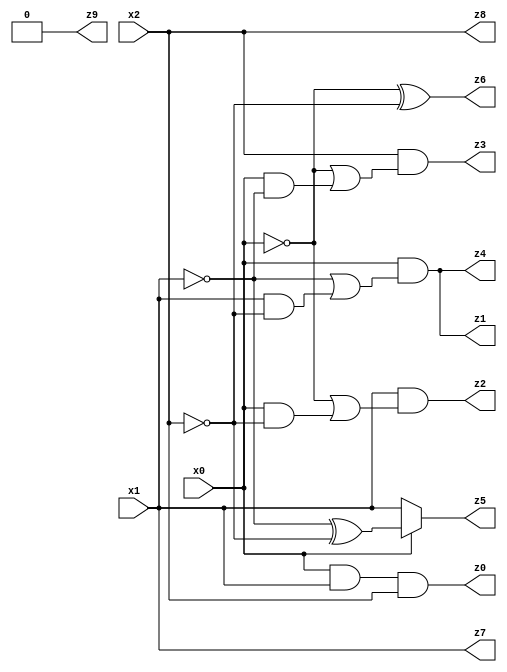
// Benchmark "X_3_74" written by ABC on Mon Jun 26 18:37:42 2023

module X_3_74 ( 
    x0, x1, x2,
    z0, z1, z2, z3, z4, z5, z6, z7, z8, z9  );
  input  x0, x1, x2;
  output z0, z1, z2, z3, z4, z5, z6, z7, z8, z9;
  assign z0 = x0 & x1 & x2;
  assign z1 = x0 & (~x1 | (x1 & ~x2));
  assign z2 = x1 & (~x0 | (x0 & ~x2));
  assign z3 = x2 & (~x0 | (x0 & ~x1));
  assign z4 = x0 & (~x1 | (x1 & ~x2));
  assign z5 = x0 ? (~x1 ^ ~x2) : x1;
  assign z6 = ~x0 ^ ~x2;
  assign z7 = x1;
  assign z8 = x2;
  assign z9 = 1'b0;
endmodule